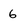
Character: 6